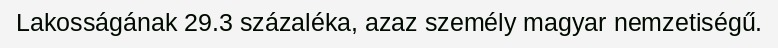
Lakosságának 29.3 százaléka, azaz személy magyar nemzetiségű.